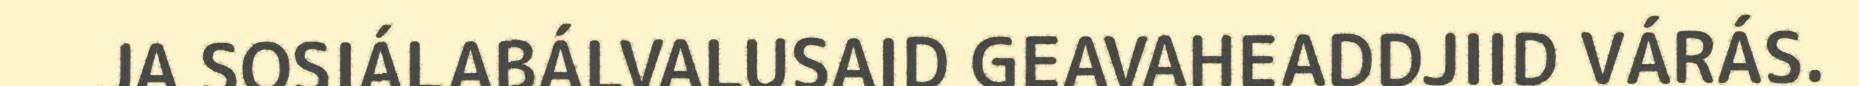
JA SOSIÁLABÁLVALUSAID GEAVAHEADDJIID VÁRÁS.